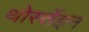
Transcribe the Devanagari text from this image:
थोर्स्तेइन